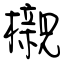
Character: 櫬